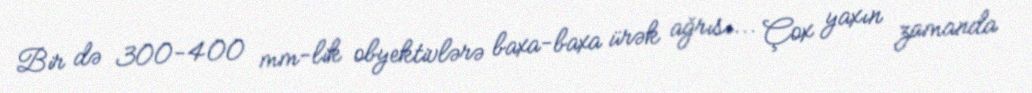
Bir də 300-400 mm-lik obyektivlərə baxa-baxa ürək ağrısı... Çox yaxın zamanda